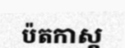
ប៉តកាស្ត